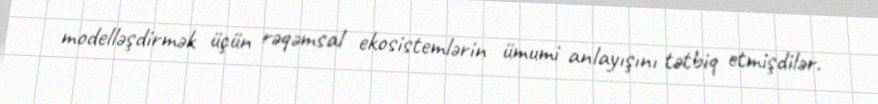
modelləşdirmək üçün rəqəmsal ekosistemlərin ümumi anlayışını tətbiq etmişdilər.